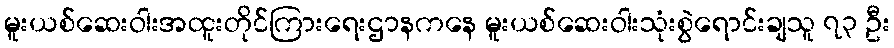
မူးယစ်ဆေးဝါးအထူးတိုင်ကြားရေးဌာနကနေ မူးယစ်ဆေးဝါးသုံးစွဲရောင်းချသူ ၇၃ ဦး